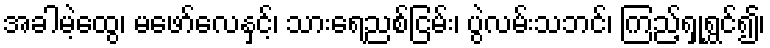
အခါမဲ့ထွေ၊ မဖော်လေနှင့်၊ သားရေညစ်ငြမ်း၊ ပွဲလမ်းသဘင်၊ ကြည့်ရှုရွှင်၍၊